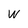
Character: W